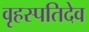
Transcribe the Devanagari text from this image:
वृहस्पतिदेव